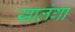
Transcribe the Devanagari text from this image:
खालंगा